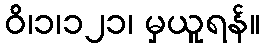
ဝိ၊၁၊၁၂၁၊ မှယူရန်။